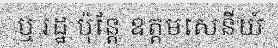
ឬ រដ្ឋ ប៉ុន្តែ ឧត្តមសេនីយ៍